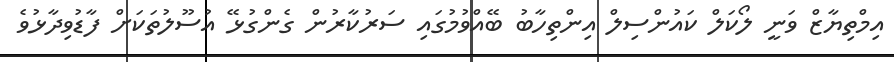
އިމްތިޔާޒް ވަނީ ލޯކަލް ކައުންސިލް އިންތިހާބު ބޭއްވުމުގައި ސަރުކާރުން ގެންގުޅޭ އުސޫލުތަކަށް ފާޑުވިދާޅުވެ